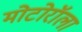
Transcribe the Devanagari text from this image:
मोटोरॉला